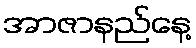
အာဇာနည်နေ့